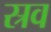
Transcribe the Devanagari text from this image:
स्रव